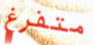
متفرغ